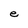
Character: e